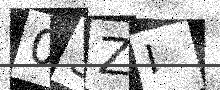
Text: 03ZI